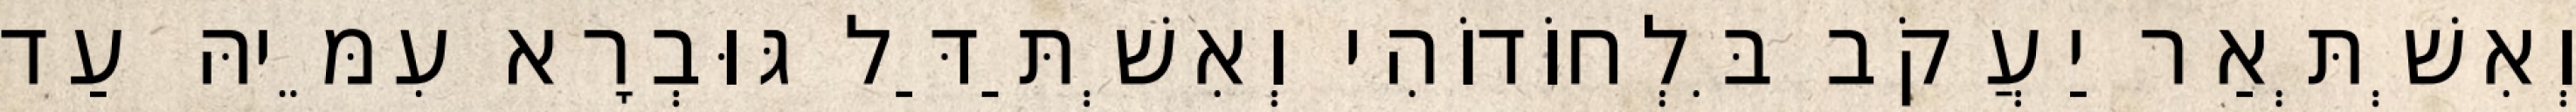
וְאִשְׁתְּאַר יַעֲקֹב בִּלְחוֹדוֹהִי וְאִשְׁתַּדַּל גּוּבְרָא עִמֵּיהּ עַד